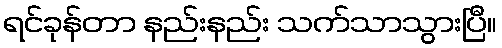
ရင်ခုန်တာ နည်းနည်း သက်သာသွားပြီ။